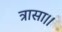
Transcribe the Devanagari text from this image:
त्रासा।।